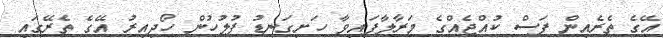
އޭގެ ތެރެއިން ފަސް ކުއްޖެއްގެ މަރާލާފައިވާ ހަށިގަނޑު ފުލުހުން ހޯދިއިރު އޭގެ ތެރޭގައި